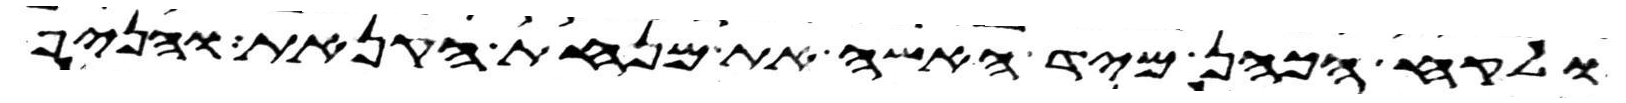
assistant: ולקח הכהן מיד האשה את מנחת הקנאת והניף